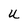
Character: U